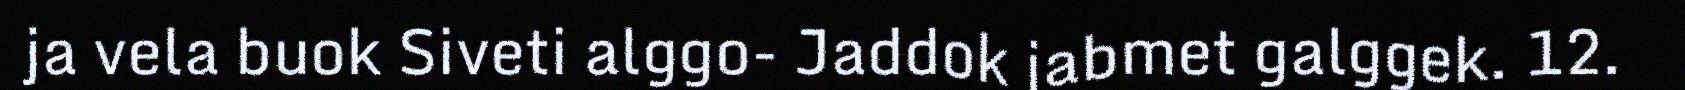
ja vela buok Siveti alggo- Jaddok jabmet galggek. 12.